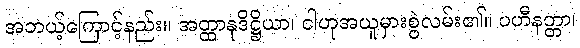
အဘယ့်ကြောင့်နည်း။ အတ္ထာနုဒိဋ္ဌိယာ၊ ငါဟုအယူမှားစွဲလမ်း၏။ ပဟီနတ္တာ၊